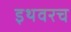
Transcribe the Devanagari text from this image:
इथवरच